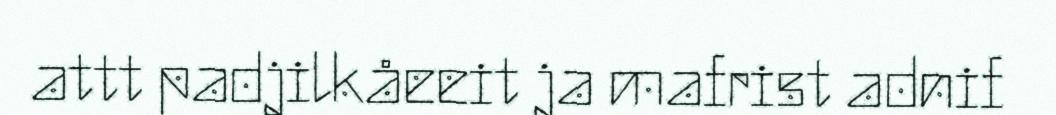
attt padjilkåeeit ja mafrist adnif